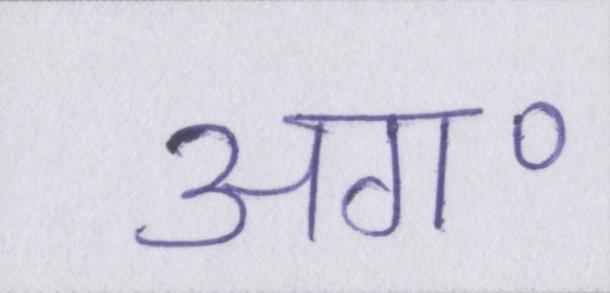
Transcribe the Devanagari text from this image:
अग॰